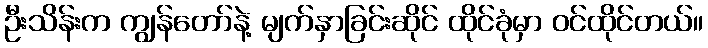
ဦးသိန်းက ကျွန်တော်နဲ့ မျက်နှာခြင်းဆိုင် ထိုင်ခုံမှာ ဝင်ထိုင်တယ်။